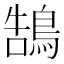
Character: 鵠